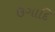
ઉગાદિ